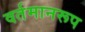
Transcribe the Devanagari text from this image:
वर्तमानरूप